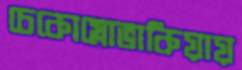
চেকোস্লোভাকিয়ায়